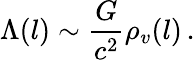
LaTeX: \Lambda(l)\sim\frac{G}{c^{2}}\rho_{v}(l)\, .